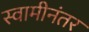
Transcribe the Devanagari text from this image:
स्वामीनंतर